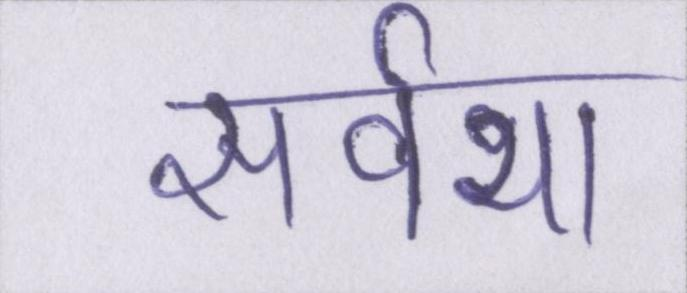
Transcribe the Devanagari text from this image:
सर्वथा